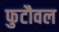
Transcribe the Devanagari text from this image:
फुटौवल